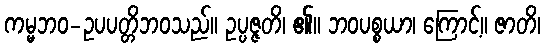
ကမ္မဘဝ-ဥပပတ္တိဘဝသည်။ ဥပ္ပဇ္ဇတိ၊ ၏။ ဘဝပစ္စယာ၊ ကြောင့်။ ဇာတိ၊